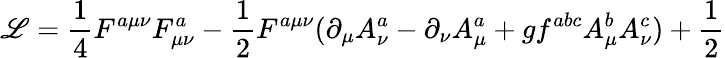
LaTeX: {\cal\mathscr{L}}=\frac{1}{4}F^{a\mu\nu}F_{\mu\nu}^{a}-\frac{1}{2}F^{a\mu\nu}(\partial_{\mu}A_{\nu}^{a}-\partial_{\nu}A_{\mu}^{a}+gf^{abc}A_{\mu}^{b}A_{\nu}^{c})+\frac{1}{2}